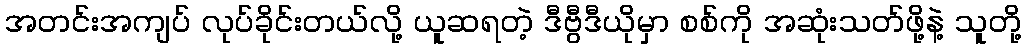
အတင်းအကျပ် လုပ်ခိုင်းတယ်လို့ ယူဆရတဲ့ ဒီဗွီဒီယိုမှာ စစ်ကို အဆုံးသတ်ဖို့နဲ့ သူတို့